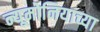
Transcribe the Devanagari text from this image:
न्यूमोनियाच्या